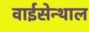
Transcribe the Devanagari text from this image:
वाईसेन्थाल